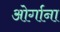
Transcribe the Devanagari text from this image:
ओर्गाना